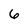
Character: 6